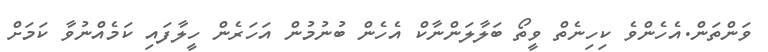
ވަންތަން.އެހެންވެ ކިހިނެތް ވީތޯ ބަލާލަންނާކް އެހެން ބުނުމުން އަހަރެން ހީލާފައި ކަމެއްނުވާ ކަމަށް